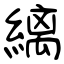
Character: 縭